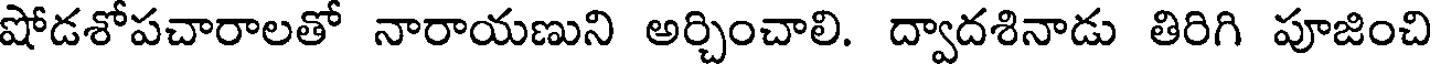
షోడశోపచారాలతో నారాయణుని అర్చించాలి. ద్వాదశినాడు తిరిగి పూజించి